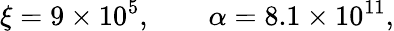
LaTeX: \xi=9\times 10^{5},\qquad\alpha=8.1\times 10^{11},